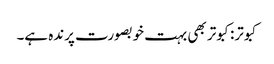
کبوتر:کبوتر بھی بہت خوبصورت پرندہ ہے۔